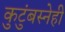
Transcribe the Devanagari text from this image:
कुटुंबस्नेही